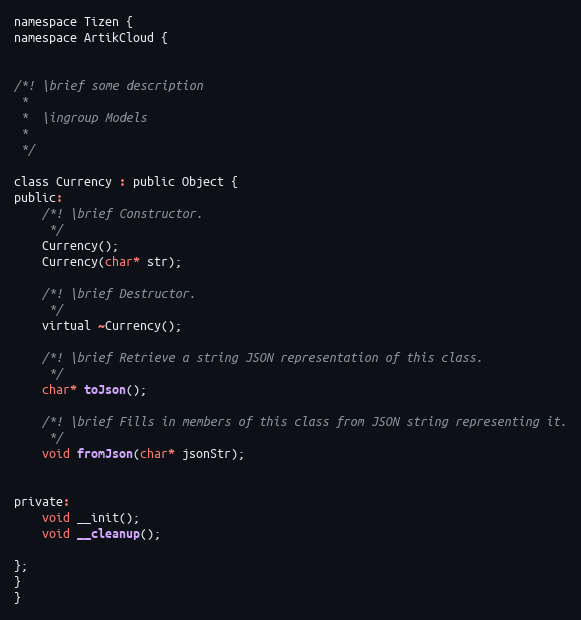
Language: C
namespace Tizen {
namespace ArtikCloud {

/*! \brief some description
 *
 *  \ingroup Models
 *
 */

class Currency : public Object {
public:
	/*! \brief Constructor.
	 */
	Currency();
	Currency(char* str);

	/*! \brief Destructor.
	 */
	virtual ~Currency();

	/*! \brief Retrieve a string JSON representation of this class.
	 */
	char* toJson();

	/*! \brief Fills in members of this class from JSON string representing it.
	 */
	void fromJson(char* jsonStr);

private:
	void __init();
	void __cleanup();

};
}
}